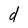
Character: d